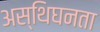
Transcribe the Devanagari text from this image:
अस्थिघनता